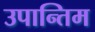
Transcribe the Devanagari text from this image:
उपान्तिम